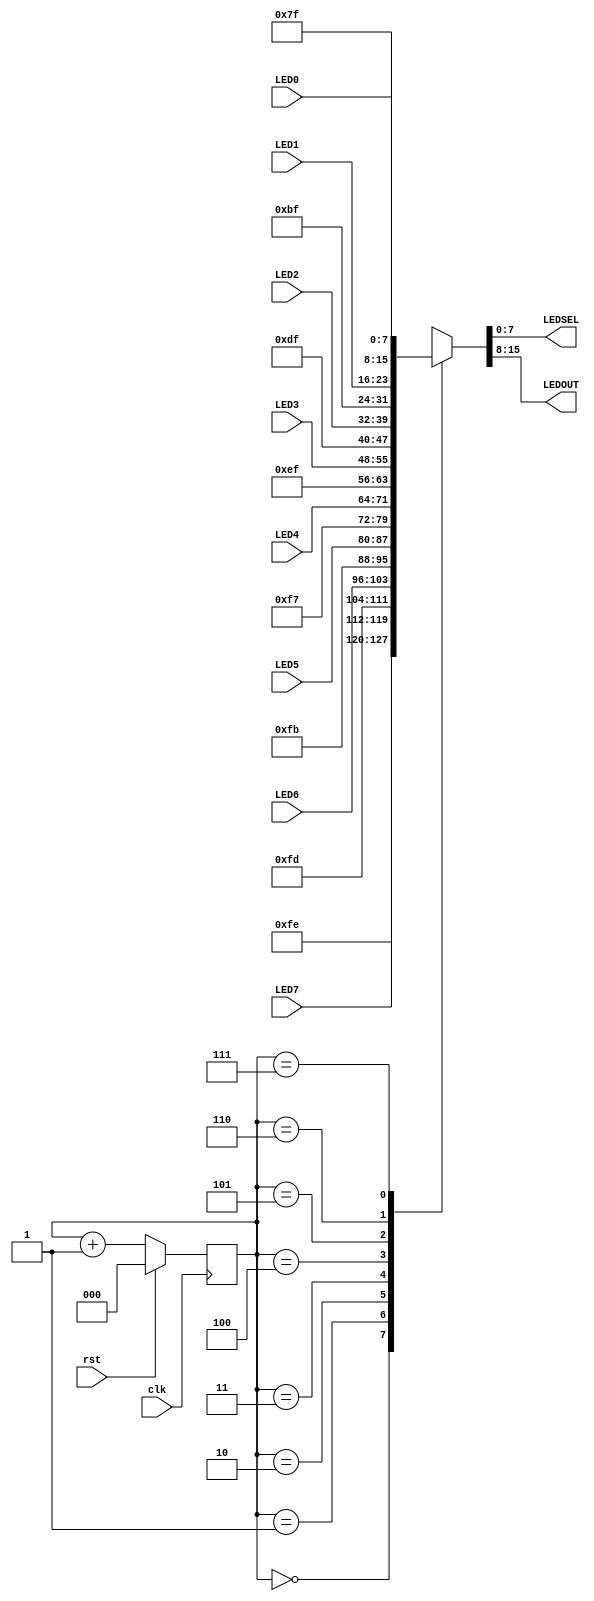
`timescale 1ns / 1ps
//////////////////////////////////////////////////////////////////////////////////
// Company: 
// Engineer: 
// 
// Design Name: 
// Module Name: led_mux
// Project Name: 
// Target Devices: 
// Tool Versions: 
// Description: 
// 
// Dependencies: 
// 
// Revision:
// Revision 0.01 - File Created
// Additional Comments:
// 
//////////////////////////////////////////////////////////////////////////////////


module led_mux (  input wire clk,  input wire rst,
 input wire [7:0] LED0, // leftmost digit  
 input wire [7:0] LED1,  
 input wire [7:0] LED2,  
 input wire [7:0] LED3,  
 input wire [7:0] LED4,  
 input wire [7:0] LED5,  
 input wire [7:0] LED6,  
 input wire [7:0] LED7, // rightmost digit  
 output wire [7:0] LEDSEL,  
 output wire [7:0] LEDOUT  );   
 
 reg [2:0] index; 
 reg [15:0] led_ctrl; 
 
 assign {LEDOUT, LEDSEL} = led_ctrl; 
 
 always@(posedge clk) 
 begin     
    index <= (rst) ? 3'd0 : (index + 3'd1); 
 end     
 always @(index, LED0, LED1, LED2, LED3, LED4, LED5, LED6, LED7) 
 begin  
    case(index)      
    3'd0: led_ctrl <= {8'b11111110, LED7};      
    3'd1: led_ctrl <= {8'b11111101, LED6};      
    3'd2: led_ctrl <= {8'b11111011, LED5};      
    3'd3: led_ctrl <= {8'b11110111, LED4};      
    3'd4: led_ctrl <= {8'b11101111, LED3};     
    3'd5: led_ctrl <= {8'b11011111, LED2};     
    3'd6: led_ctrl <= {8'b10111111, LED1};      
    3'd7: led_ctrl <= {8'b01111111, LED0};      
    default: led_ctrl <= {8'b11111111, 8'hFF};     
    endcase 
 end 
 
 endmodule